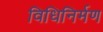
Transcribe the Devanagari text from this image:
विधिनिर्मण